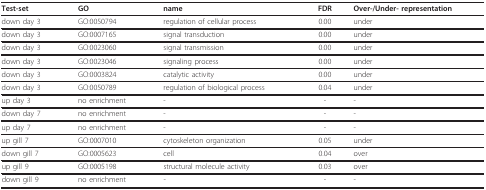
| Test-set | GO | name | FDR | Over-/Under- representation |
 | --- | --- | --- | --- | --- |
 | down day 3 | GO:0050794 | regulation of cellular process | 0.00 | under |
 | down day 3 | GO:0007165 | signal transduction | 0.00 | under |
 | down day 3 | GO:0023060 | signal transmission | 0.00 | under |
 | down day 3 | GO:0023046 | signaling process | 0.00 | under |
 | down day 3 | GO:0003824 | catalytic activity | 0.00 | under |
 | down day 3 | GO:0050789 | regulation of biological process | 0.04 | under |
 | up day 3 | no enrichment | - | - | - |
 | down day 7 | no enrichment | - | - | - |
 | up day 7 | no enrichment | - | - | - |
 | up gill 7 | GO:0007010 | cytoskeleton organization | 0.05 | under |
 | down gill 7 | GO:0005623 | cell | 0.04 | over |
 | up gill 9 | GO:0005198 | structural molecule activity | 0.03 | over |
 | down gill 9 | no enrichment | - | - | - |